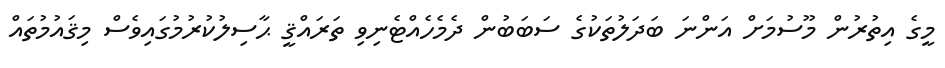
މީގެ އިތުރުން މޫސުމަށް އަންނަ ބަދަލުތަކުގެ ސަބަބުން ދެމެހެއްޓެނިވި ތަރައްޤީ ޙާސިލުކުރުމުގައިވެސް މިޤައުމުތައް